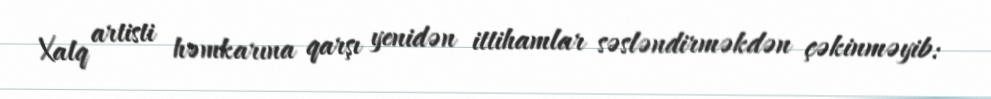
Xalq artisti həmkarına qarşı yenidən ittihamlar səsləndirməkdən çəkinməyib: